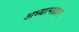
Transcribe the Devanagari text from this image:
अध्यात्मप्रवण